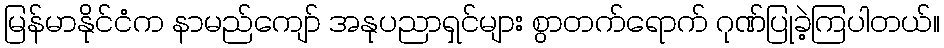
မြန်မာနိုင်ငံက နာမည်ကျော် အနုပညာရှင်များ စွာတက်ရောက် ဂုဏ်ပြုခဲ့ကြပါတယ်။